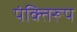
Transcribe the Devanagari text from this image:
पंक्तिरूप